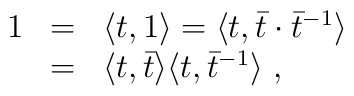
\begin{array}{rcl}1&=&\langle t,1\rangle=\langle t,{\bar t}\cdot{\bar t}^{-1}\rangle\\ &=&\langle t,\bar{t}\rangle\langle t,\bar{t}^{-1}\rangle~,\end{array}